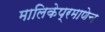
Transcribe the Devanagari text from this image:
मालिकेप्रमाणेच